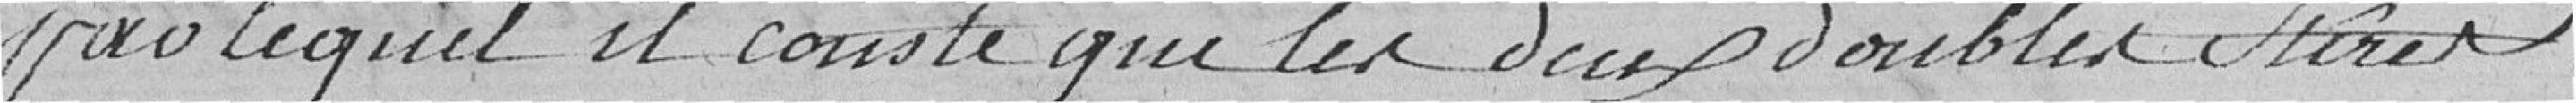
pour lequel il